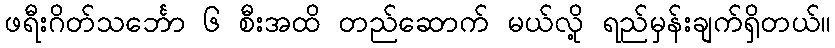
ဖရီးဂိတ်သင်္ဘော ၆ စီးအထိ တည်ဆောက် မယ်လို့ ရည်မှန်းချက်ရှိတယ်။